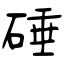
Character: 硾